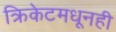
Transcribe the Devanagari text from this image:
क्रिकेटमधूनही